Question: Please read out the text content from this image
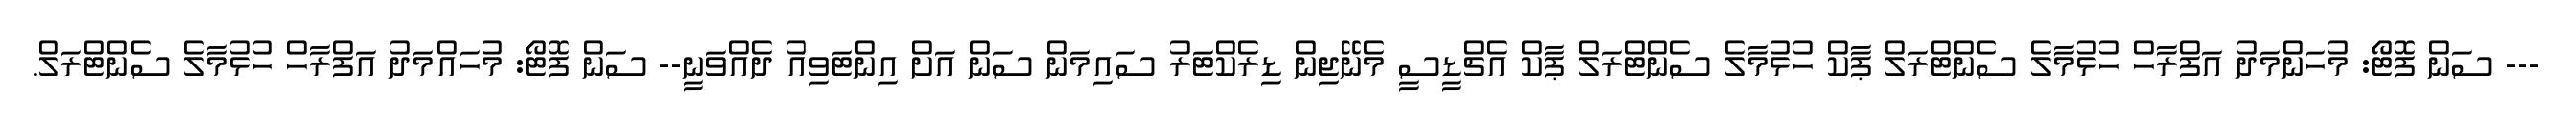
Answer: --- ސަން ފޮޓޯ: މުހަންމަދު އަފްރާހް ހުޅުމާލެ ސެންޓްރަލް ޕާކް ހުޅުމާލެ ސެންޓްރަލް ޕާކް އެޗްޑީސީ މެނޭޖިން ޑިރެކްޓަރު ސައިމަން ސަން އަށް އިންޓަވިއު ދެއްވަނީ-- ސަން ފޮޓޯ: މުހައްމަދު އަފްރާހް ހުޅުމާލެ ސެންޓްރަލް.